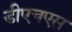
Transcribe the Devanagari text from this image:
डीएचएस